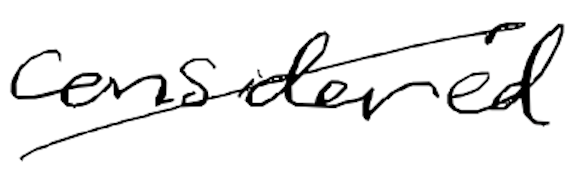
Text: considered
Cross-out: diagonal
Writing tool: digital_black